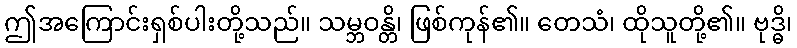
ဤအကြောင်းရှစ်ပါးတို့သည်။ သမ္ဘဝန္တိ၊ ဖြစ်ကုန်၏။ တေသံ၊ ထိုသူတို့၏။ ဗုဒ္ဓိ၊